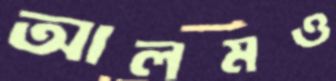
আলমও